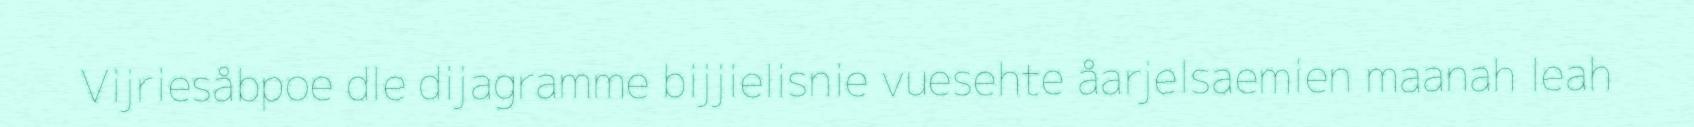
Vijriesåbpoe dle dijagramme bijjielisnie vuesehte åarjelsaemien maanah leah